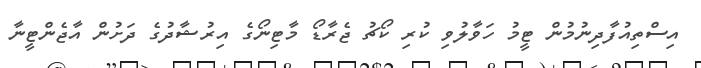
އިސްތިއުފާދިނުމުން ޓީމު ހަވާލުވި ކުރި ކޯޗު ޖެރާޑޯ މާޓިނޯގެ އިރުޝާދުގެ ދަށުން އާޖެންޓީނާ